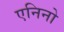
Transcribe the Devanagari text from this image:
एनिनो